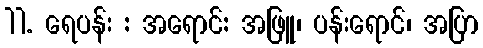
11. ရေပန်း : အရောင်: အဖြူ၊ ပန်းရောင်၊ အပြာ